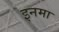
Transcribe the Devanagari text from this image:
इनमा